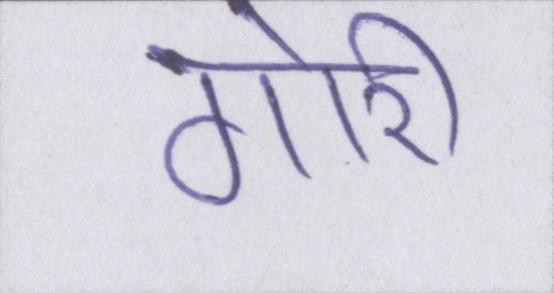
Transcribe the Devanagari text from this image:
गोरी